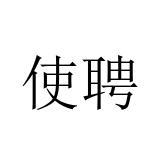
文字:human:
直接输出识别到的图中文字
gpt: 使聘